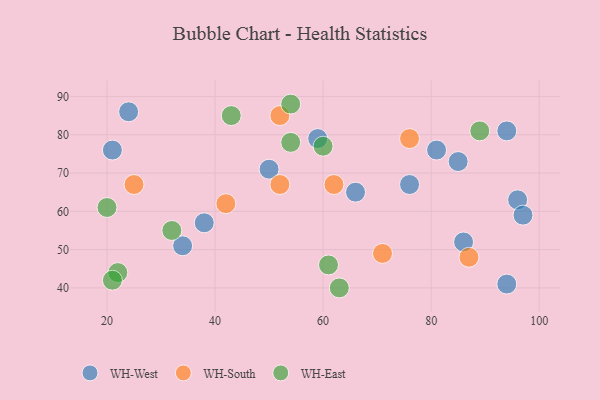
{"axis": {"x": "GDP", "y": "Life Expectancy"}, "legend": ["WH-East", "WH-South", "WH-West"], "data": [{"x": "86", "y": 52, "type": "WH-West"}, {"x": "50", "y": 71, "type": "WH-West"}, {"x": "81", "y": 76, "type": "WH-West"}, {"x": "66", "y": 65, "type": "WH-West"}, {"x": "96", "y": 63, "type": "WH-West"}, {"x": "85", "y": 73, "type": "WH-West"}, {"x": "34", "y": 51, "type": "WH-West"}, {"x": "59", "y": 79, "type": "WH-West"}, {"x": "24", "y": 86, "type": "WH-West"}, {"x": "94", "y": 41, "type": "WH-West"}, {"x": "94", "y": 81, "type": "WH-West"}, {"x": "97", "y": 59, "type": "WH-West"}, {"x": "21", "y": 76, "type": "WH-West"}, {"x": "76", "y": 67, "type": "WH-West"}, {"x": "38", "y": 57, "type": "WH-West"}, {"x": "87", "y": 48, "type": "WH-South"}, {"x": "62", "y": 67, "type": "WH-South"}, {"x": "25", "y": 67, "type": "WH-South"}, {"x": "42", "y": 62, "type": "WH-South"}, {"x": "71", "y": 49, "type": "WH-South"}, {"x": "76", "y": 79, "type": "WH-South"}, {"x": "52", "y": 85, "type": "WH-South"}, {"x": "52", "y": 67, "type": "WH-South"}, {"x": "89", "y": 81, "type": "WH-East"}, {"x": "60", "y": 77, "type": "WH-East"}, {"x": "43", "y": 85, "type": "WH-East"}, {"x": "61", "y": 46, "type": "WH-East"}, {"x": "20", "y": 61, "type": "WH-East"}, {"x": "54", "y": 88, "type": "WH-East"}, {"x": "63", "y": 40, "type": "WH-East"}, {"x": "22", "y": 44, "type": "WH-East"}, {"x": "21", "y": 42, "type": "WH-East"}, {"x": "32", "y": 55, "type": "WH-East"}, {"x": "54", "y": 78, "type": "WH-East"}]}